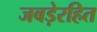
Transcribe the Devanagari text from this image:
जबड़ेरहित